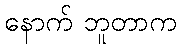
နောက် ဘူတာက